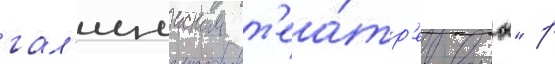
гал'ицииском т'еа́тр'е воины" р